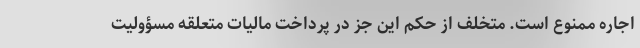
اجاره ممنوع است. متخلف از حکم این جز در پرداخت مالیات متعلقه مسؤولیت